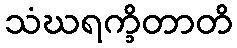
သံဃရက္ခိတာတိ